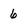
Character: 6